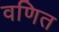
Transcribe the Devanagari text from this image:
वणित